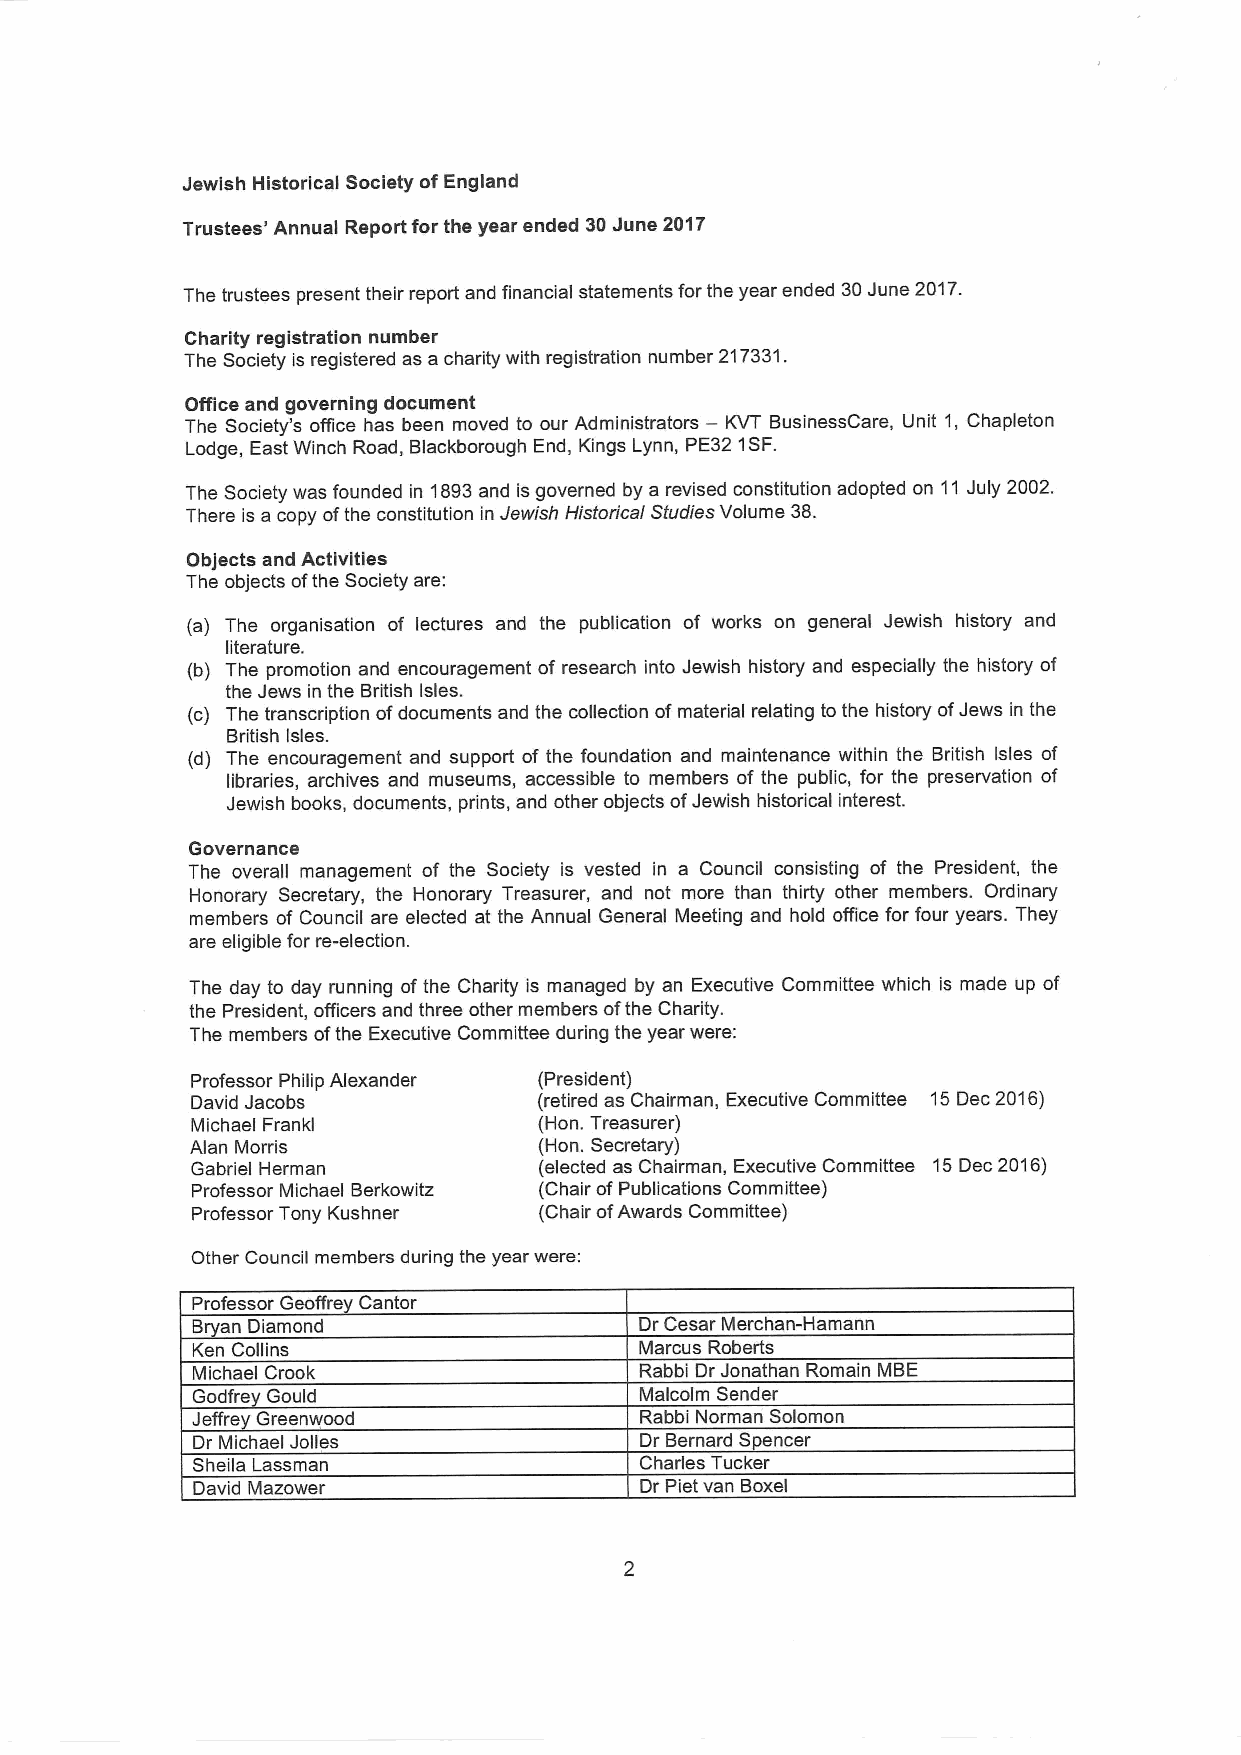
Jewish Historical Society ofEngland
 Trustees' Annual Report for the year ended 30June 2017
 The trustees present their report and financial statements for the year ended 30June 2017.
 Charity registration number
 The Society is registered as a charity with registration number 217331.
 Office and governing document
 —
 The Society's office has been moved to our Administrators KVT BusinessCare, Unit 1, Chapleton
 Lodge, East Winch Road, Blackborough End, Kings Lynn, PE32 1SF.
 The Society was founded in 1893and isgoverned by a revised constitution adopted on 11July 2002.
 There is a copy ofthe constitution in Jewish Historical Studies Volume 38.
 Objects and Activities
 The objects ofthe Society are:
 (a) The organisation of lectures and the publication of works on general Jewish history and
 literature.
 (b) The promotion and encouragement of research into Jewish history and especially the history of
 the Jews in the British Isles.
 (c) The transcription ofdocuments and the collection ofmaterial relating tothe history ofJews in the
 British Isles.
 (d) The encouragement and support of the foundation and maintenance within the British Isles of
 libraries, archives and museums, accessible to members of the public, for the preservation of
 Jewish books, documents, prints, and other objects ofJewish historical interest.
 Governance
 The overall management of the Society is vested in a Council consisting of the President, the
 Honorary Secretary, the Honorary Treasurer, and not more than thirty other members. Ordinary
 members of Council are elected at the Annual General Meeting and hold office for four years. They
 are eligible for re-election.
 The day to day running ofthe Charity is managed by an Executive Committee which is made up of
 the President, officers and three other members ofthe Charity.
 The members ofthe Executive Committee during the year were:
 Professor Philip Alexander (President)
 David Jacobs           (retired as Chairman, Executive Committee 15Dec2016)
 Michael Frankl         (Hon. Treasurer)
 Alan Morris            (Hon. Secretary)
 Gabriel Herman         (elected as Chairman, Executive Committee 15Dec2016)
 Professor Michael Berkowitz (Chair ofPublications Committee)
 Professor Tony Kushner (Chair ofAwards Committee)
 Other Council members during the year were:
 Professor Geoffre Cantor
 B an Diamond                 Dr Cesar Merchan-Hamann
 Ken Collins                  Marcus Roberts
 Michael Crook                Rabbi Dr Jonathan Romain MBE
 Godfre Gould                 Malcolm Sender
 Jeffre Greenwood             Rabbi Norman Solomon
 Dr Michael Jolles            Dr Bernard Spencer
 Sheila Lassman               Charles Tucker
 David Mazower                Dr Piet van Boxel